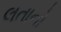
લતાનો